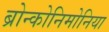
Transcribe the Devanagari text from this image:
ब्रोन्कोनिमोनिया